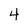
Character: 4